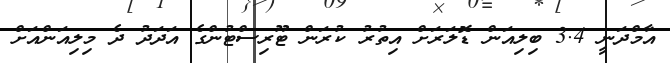
އާމްދަނީ 3.4 ބިލިއަން ޑޮލަރަށް އިތުރު ކުރަން ޓޫރިސްޓުންގެ އަދަދު ދެ މިލިއަންއަށް